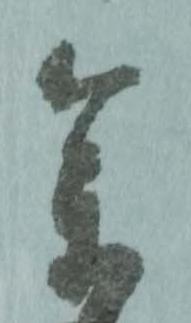
参